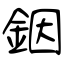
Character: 銦